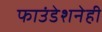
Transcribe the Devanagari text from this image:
फाउंडेशनेही